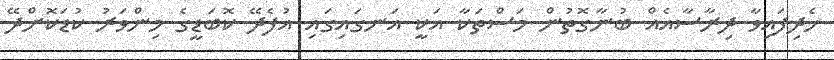
ހެދިފައިވާ ދިރާސާއެއް ބުނާގޮތުން މަސްތަކާ އަކީ އަނގައިގައި އުފެދޭ ކޮބަޑީގެ މިންވަރު ކުޑަކޮށްދޭ